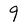
Character: 9